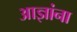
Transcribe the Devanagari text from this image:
आज्ञांना